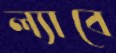
ল্যাবে